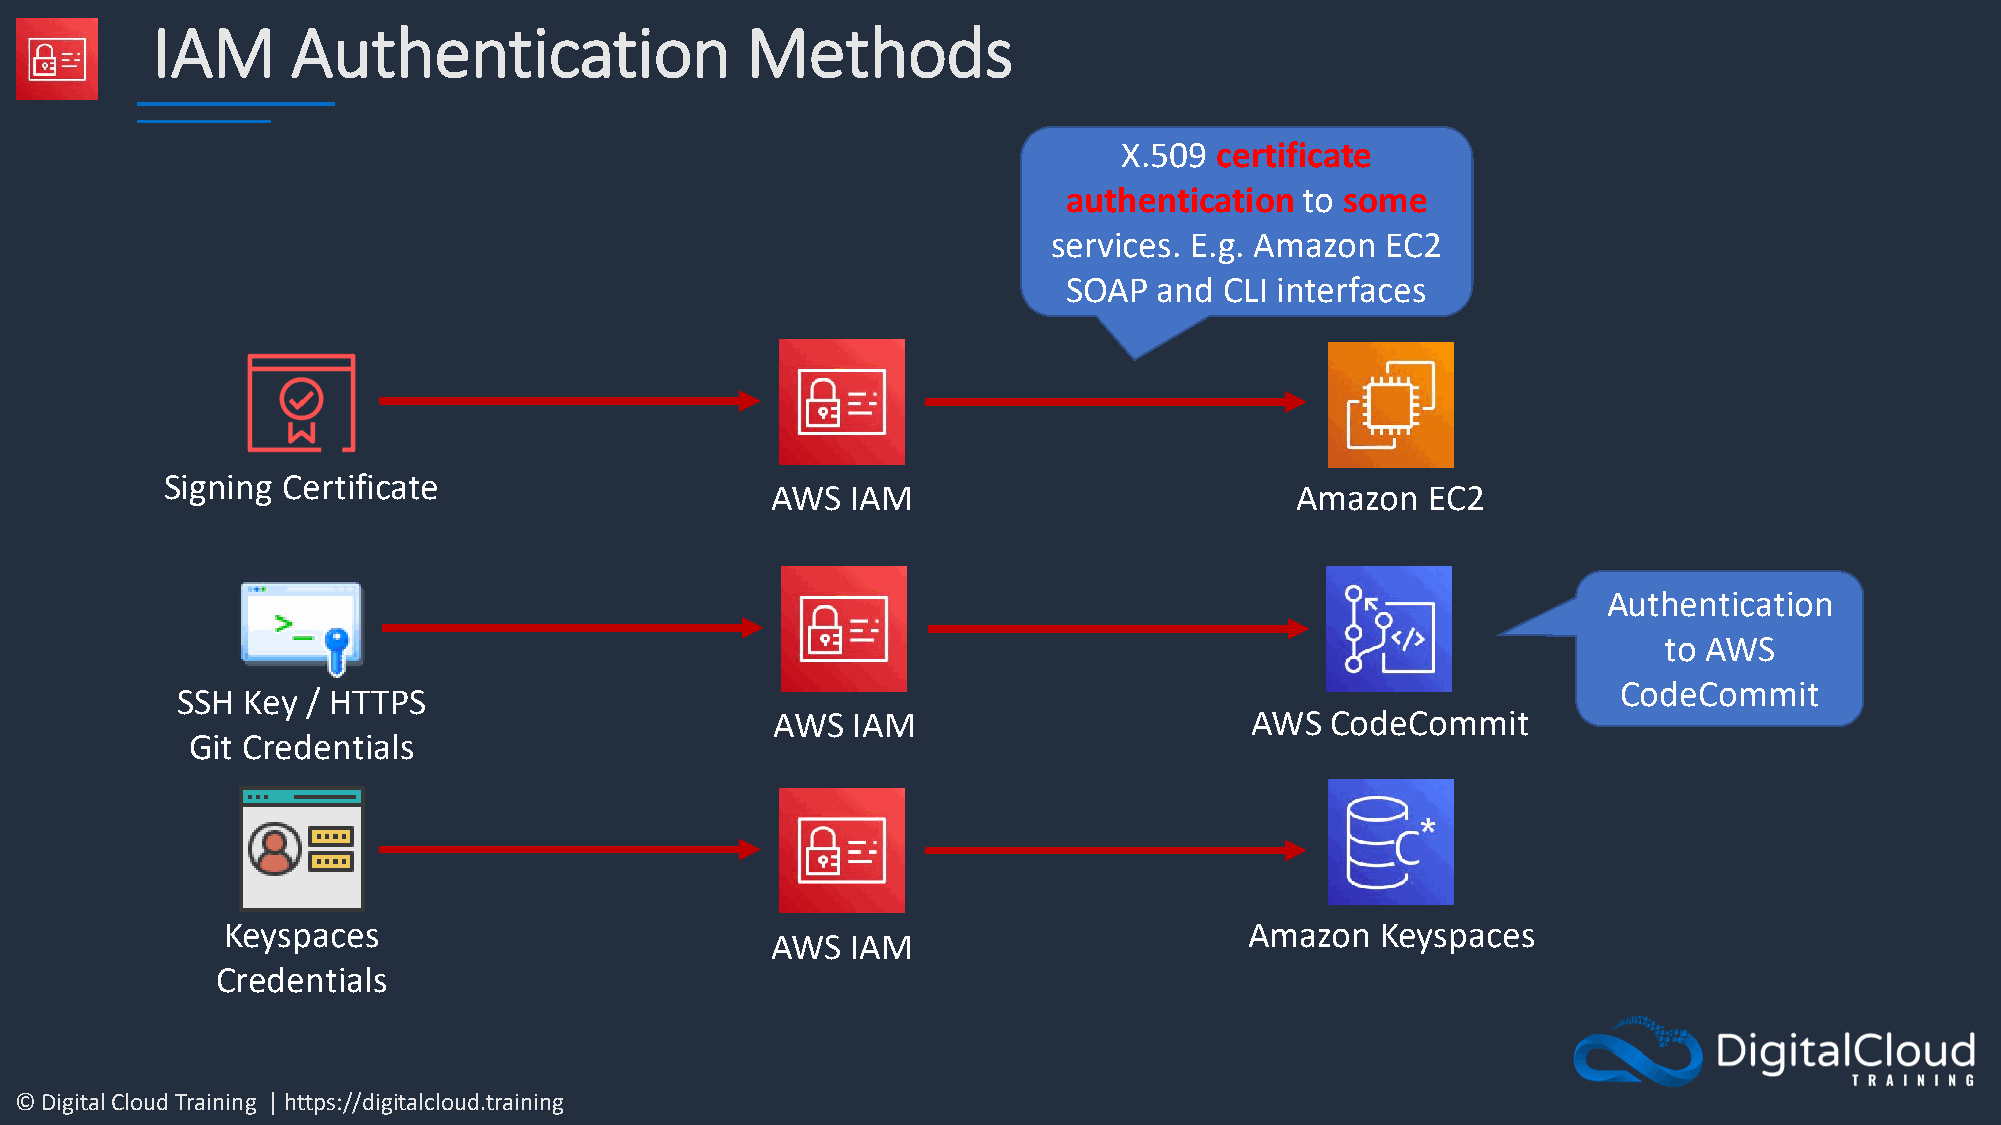
IAM      Authentication                Methods
 X.509 certificate
 authentication to some
 services. E.g. Amazon EC2
 SOAP  and CLI interfaces
 Signing Certificate
 AWS  IAM                           Amazon  EC2
 Authentication
 to AWS
 CodeCommit
 SSH Key / HTTPS
 AWS  IAM                        AWS  CodeCommit
 Git Credentials
 Keyspaces                                                           Amazon  Keyspaces
 AWS  IAM
 Credentials
 © Digital Cloud Training | https://digitalcloud.training